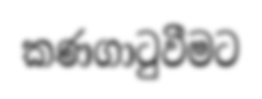
කණගාටුවීමට